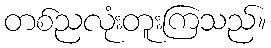
တစ်ညလုံးတူးကြသည်။